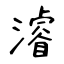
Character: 濬